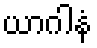
ယာဂါနံ